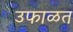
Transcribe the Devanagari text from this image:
उफाळत